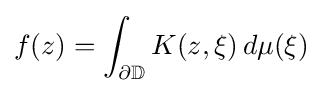
f(z)=\int _{\partial \mathbb {D} }K(z,\xi )\,d\mu (\xi )